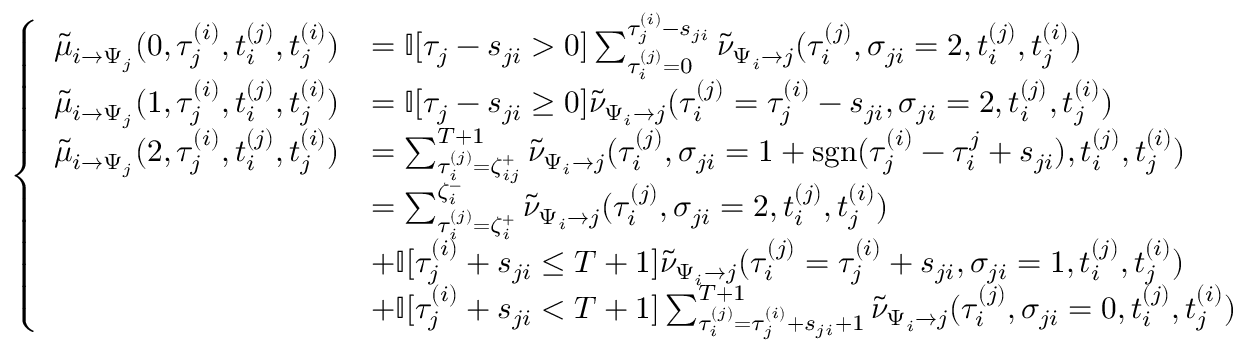
\begin{array} { r } { \begin{array} { r } { \left\{ \begin{array} { l l l l l l } { \tilde { \mu } _ { i \to \Psi _ { j } } ( 0 , \tau _ { j } ^ { ( i ) } , t _ { i } ^ { ( j ) } , t _ { j } ^ { ( i ) } ) } & { = \mathbb { I } [ \tau _ { j } - s _ { j i } > 0 ] \sum _ { \tau _ { i } ^ { ( j ) } = 0 } ^ { \tau _ { j } ^ { ( i ) } - s _ { j i } } \tilde { \nu } _ { \Psi _ { i } \to j } ( \tau _ { i } ^ { ( j ) } , \sigma _ { j i } = 2 , t _ { i } ^ { ( j ) } , t _ { j } ^ { ( i ) } ) } \\ { \tilde { \mu } _ { i \to \Psi _ { j } } ( 1 , \tau _ { j } ^ { ( i ) } , t _ { i } ^ { ( j ) } , t _ { j } ^ { ( i ) } ) } & { = \mathbb { I } [ \tau _ { j } - s _ { j i } \geq 0 ] \tilde { \nu } _ { \Psi _ { i } \to j } ( \tau _ { i } ^ { ( j ) } = \tau _ { j } ^ { ( i ) } - s _ { j i } , \sigma _ { j i } = 2 , t _ { i } ^ { ( j ) } , t _ { j } ^ { ( i ) } ) } \\ { \tilde { \mu } _ { i \to \Psi _ { j } } ( 2 , \tau _ { j } ^ { ( i ) } , t _ { i } ^ { ( j ) } , t _ { j } ^ { ( i ) } ) } & { = \sum _ { \tau _ { i } ^ { ( j ) } = \zeta _ { i j } ^ { + } } ^ { { T + 1 } } \tilde { \nu } _ { \Psi _ { i } \to j } ( \tau _ { i } ^ { ( j ) } , \sigma _ { j i } = 1 + \mathrm { s g n } ( \tau _ { j } ^ { ( i ) } - \tau _ { i } ^ { j } + s _ { j i } ) , t _ { i } ^ { ( j ) } , t _ { j } ^ { ( i ) } ) } \\ & { = \sum _ { \tau _ { i } ^ { ( j ) } = \zeta _ { i } ^ { + } } ^ { \zeta _ { i } ^ { - } } \tilde { \nu } _ { \Psi _ { i } \to j } ( \tau _ { i } ^ { ( j ) } , \sigma _ { j i } = 2 , t _ { i } ^ { ( j ) } , t _ { j } ^ { ( i ) } ) } \\ & { + \mathbb { I } [ \tau _ { j } ^ { ( i ) } + s _ { j i } \leq { T + 1 } ] \tilde { \nu } _ { \Psi _ { i } \to j } ( \tau _ { i } ^ { ( j ) } = \tau _ { j } ^ { ( i ) } + s _ { j i } , \sigma _ { j i } = 1 , t _ { i } ^ { ( j ) } , t _ { j } ^ { ( i ) } ) } \\ & { + \mathbb { I } [ \tau _ { j } ^ { ( i ) } + s _ { j i } < { T + 1 } ] \sum _ { \tau _ { i } ^ { ( j ) } = \tau _ { j } ^ { ( i ) } + s _ { j i } + 1 } ^ { T + 1 } \tilde { \nu } _ { \Psi _ { i } \to j } ( \tau _ { i } ^ { ( j ) } , \sigma _ { j i } = 0 , t _ { i } ^ { ( j ) } , t _ { j } ^ { ( i ) } ) } \end{array} \right. } \end{array} } \end{array}